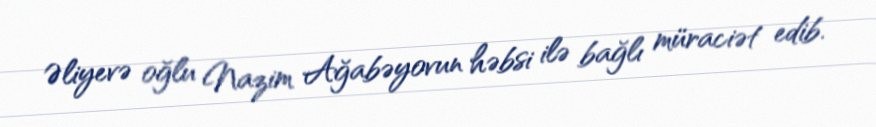
Əliyevə oğlu Nazim Ağabəyovun həbsi ilə bağlı müraciət edib.